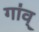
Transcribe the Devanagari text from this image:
गा॑व्